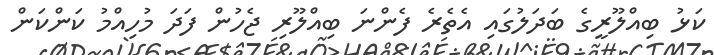
ކަޅު ބިއްލޫރީގެ ބަދަލުގައި އެތެރެ ފެންނަ ބިއްލޫރި ޖެހުން ފަދަ މުހިއްމު ކަންކަން